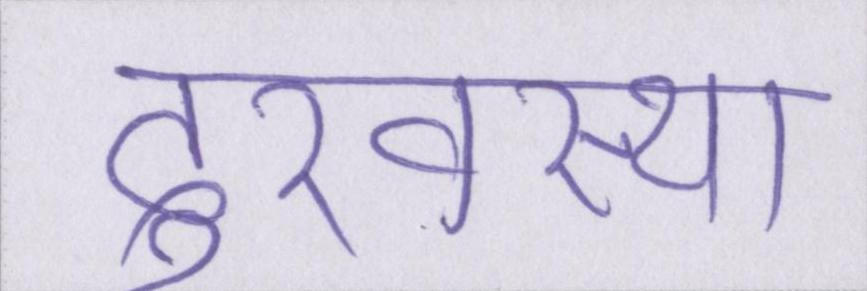
दुरवस्था